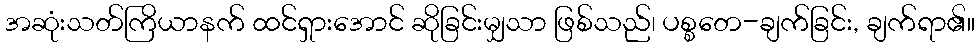
အဆုံးသတ်ကြိယာနက် ထင်ရှားအောင် ဆိုခြင်းမျှသာ ဖြစ်သည်၊ ပစ္စတေ-ချက်ခြင်း, ချက်ရာ၏။